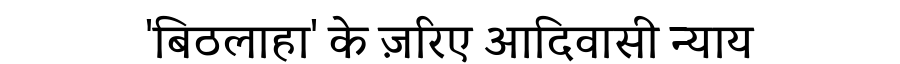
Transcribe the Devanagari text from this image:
'बिठलाहा' के ज़रिए आदिवासी न्याय